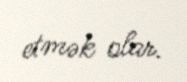
etmək olar.